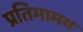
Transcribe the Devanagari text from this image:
प्रतिमामय